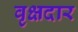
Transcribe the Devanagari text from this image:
वृक्षदार